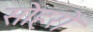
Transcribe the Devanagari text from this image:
सोहरों